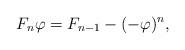
LaTeX: \begin{align*}F_n\varphi= F_{n-1} - (-\varphi)^{n},\end{align*}